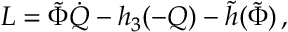
\begin{array} { r } { L = \tilde { \Phi } \dot { Q } - h _ { 3 } ( - Q ) - \tilde { h } ( \tilde { \Phi } ) \, , } \end{array}